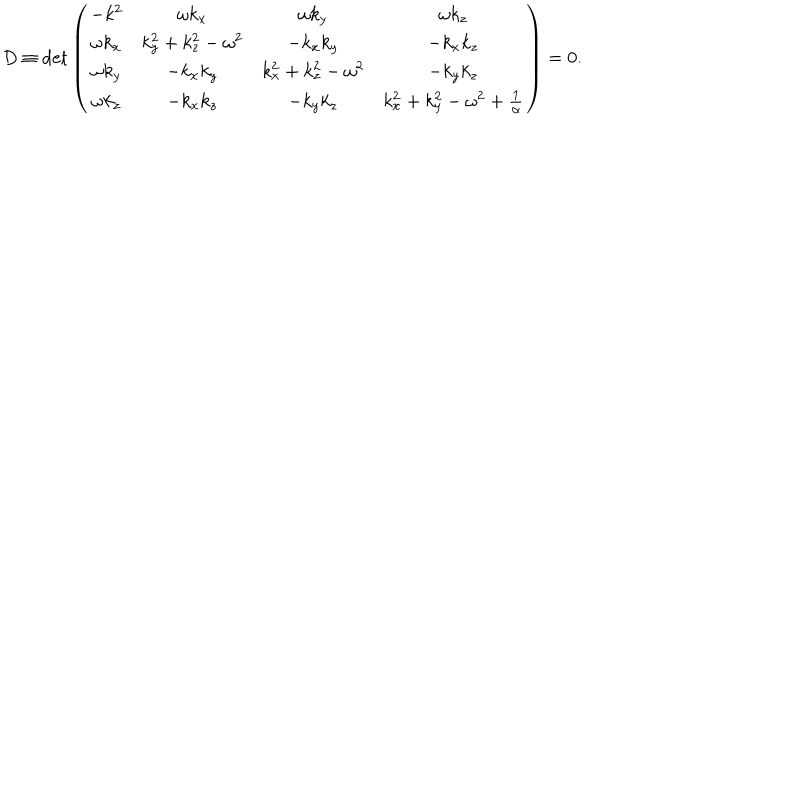
D \equiv \mathrm { { d e t } } \left( \begin{matrix} { { - k ^ { 2 } } } & { { \omega k _ { x } } } & { { \omega k _ { y } } } & { { \omega k _ { z } } } \\ { { \omega k _ { x } } } & { { k _ { y } ^ { 2 } + k _ { z } ^ { 2 } - \omega ^ { 2 } } } & { { - k _ { x } k _ { y } } } & { { - k _ { x } k _ { z } } } \\ { { \omega k _ { y } } } & { { - k _ { x } k _ { y } } } & { { k _ { x } ^ { 2 } + k _ { z } ^ { 2 } - \omega ^ { 2 } } } & { { - k _ { y } k _ { z } } } \\ { { \omega k _ { z } } } & { { - k _ { x } k _ { z } } } & { { - k _ { y } k _ { z } } } & { { k _ { x } ^ { 2 } + k _ { y } ^ { 2 } - \omega ^ { 2 } + { \frac { 1 } { \alpha } } } } \\ \end{matrix} \right) = 0 .